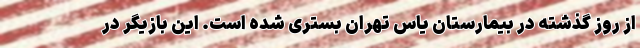
از روز گذشته در بیمارستان یاس تهران بستری شده است. این بازیگر در